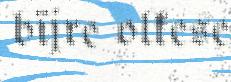
bïjre olkese